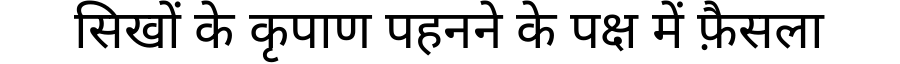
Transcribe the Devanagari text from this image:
सिखों के कृपाण पहनने के पक्ष में फ़ैसला